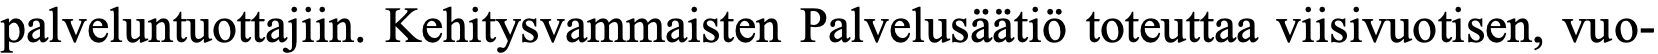
palveluntuottajiin. Kehitysvammaisten Palvelusäätiö toteuttaa viisivuotisen, vuo-